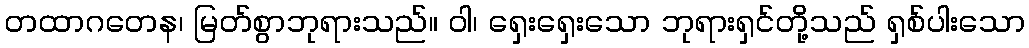
တထာဂတေန၊ မြတ်စွာဘုရားသည်။ ဝါ၊ ရှေးရှေးသော ဘုရားရှင်တို့သည် ရှစ်ပါးသော